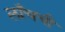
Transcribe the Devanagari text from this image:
लाँचची